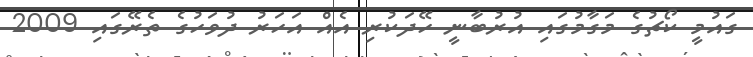
ގައުމީ ކޯޗުގެ މަގާމުގައި އުރުބާނީ ހޭދަކުރި އެއް އަހަރު ދުވަހުގެ ތެރޭގައި 2009